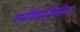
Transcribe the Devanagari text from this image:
समदिव्यगुणैरुपेत।